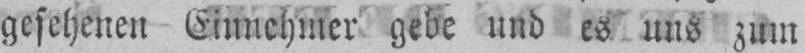
gesehenen Einnehmer gebe und es uns zum